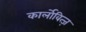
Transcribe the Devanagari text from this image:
कार्लोवित्ज़